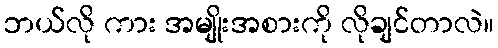
ဘယ်လို ကား အမျိုးအစားကို လိုချင်တာလဲ။